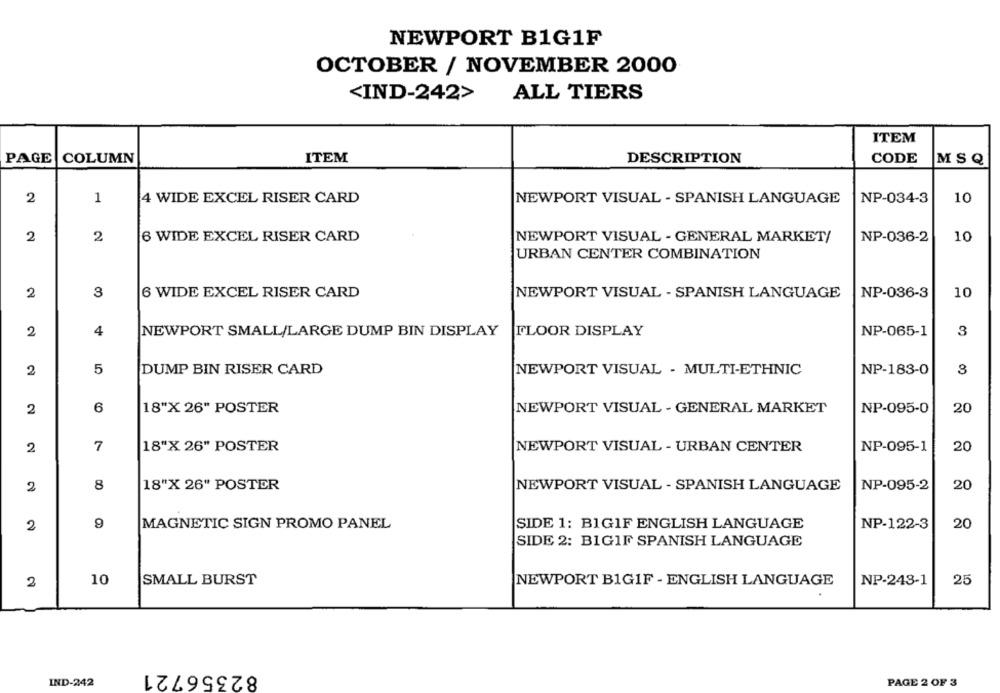
NEWPORT B1G1F
OCTOBER / NOVEMBER 2000
<IND-242>
ALL TIERS
ITEM
PAGE
COLUMN
ITEM
DESCRIPTION
CODE
MSQ
2
1
4 WIDE EXCEL RISER CARD
NEWPORT VISUAL - SPANISH LANGUAGE
NP-034-3
10
2
2
6 WIDE EXCEL RISER CARD
NEWPORT VISUAL - GENERAL MARKET/
NP-036-2
10
URBAN CENTER COMBINATION
2
3
6 WIDE EXCEL RISER CARD
NEWPORT VISUAL - SPANISH LANGUAGE
NP-036-3
10
2
4
NEWPORT SMALL/LARGE DUMP BIN DISPLAY
FLOOR DISPLAY
NP-065-1
3
2
5
DUMP BIN RISER CARD
NEWPORT VISUAL - MULTI-ETHNIC
NP-183-0
8
6
NP-095-0
20
2
18"X 26" POSTER
NEWPORT VISUAL - GENERAL MARKET
2
7
18"X 26" POSTER
NEWPORT VISUAL - URBAN CENTER
NP-095-1
20
8
20
2
18"X 26" POSTER
NEWPORT VISUAL - SPANISH LANGUAGE
NP-095-2
9
MAGNETIC SIGN PROMO PANEL
SIDE 1: BIGIF ENGLISH LANGUAGE
NP-122-3
20
2
SIDE 2: BIGIF SPANISH LANGUAGE
10
SMALL BURST
NEWPORT B1GIF - ENGLISH LANGUAGE
NP-243-1
25
2
82356721
IND-242
PAGE 2 OF 3